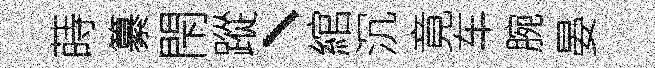
蒔纂閇蹤、綰沉竟车腕晏